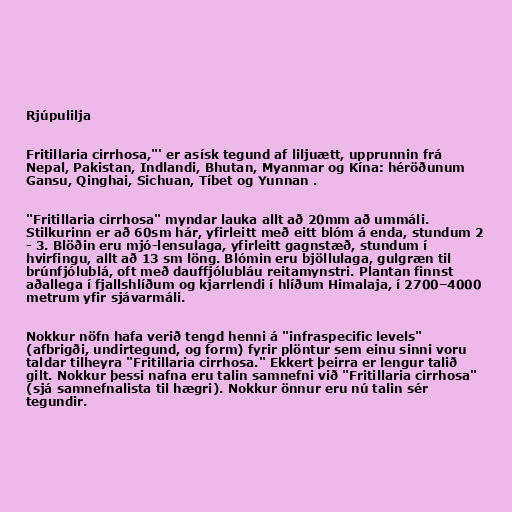
Rjúpulilja

Fritillaria cirrhosa,"' er asísk tegund af liljuætt, upprunnin frá
Nepal, Pakistan, Indlandi, Bhutan, Myanmar og Kína: héröðunum
Gansu, Qinghai, Sichuan, Tíbet og Yunnan .

"Fritillaria cirrhosa" myndar lauka allt að 20mm að ummáli.
Stilkurinn er að 60sm hár, yfirleitt með eitt blóm á enda, stundum 2
- 3. Blöðin eru mjó-lensulaga, yfirleitt gagnstæð, stundum í
hvirfingu, allt að 13 sm löng. Blómin eru bjöllulaga, gulgræn til
brúnfjólublá, oft með dauffjólubláu reitamynstri. Plantan finnst
aðallega í fjallshlíðum og kjarrlendi í hlíðum Himalaja, í 2700–4000
metrum yfir sjávarmáli.

Nokkur nöfn hafa verið tengd henni á "infraspecific levels"
(afbrigði, undirtegund, og form) fyrir plöntur sem einu sinni voru
taldar tilheyra "Fritillaria cirrhosa." Ekkert þeirra er lengur talið
gilt. Nokkur þessi nafna eru talin samnefni við "Fritillaria cirrhosa"
(sjá samnefnalista til hægri). Nokkur önnur eru nú talin sér
tegundir.